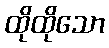
ထိုထိုသော